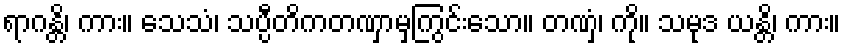
ရာဂန္တိ၊ ကား။ သေသံ၊ သပ္ပီတိကတဏှာမှကြွင်းသော။ တဏှံ၊ ကို။ သမုဒ ယန္တိ၊ ကား။